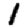
Digit: 1